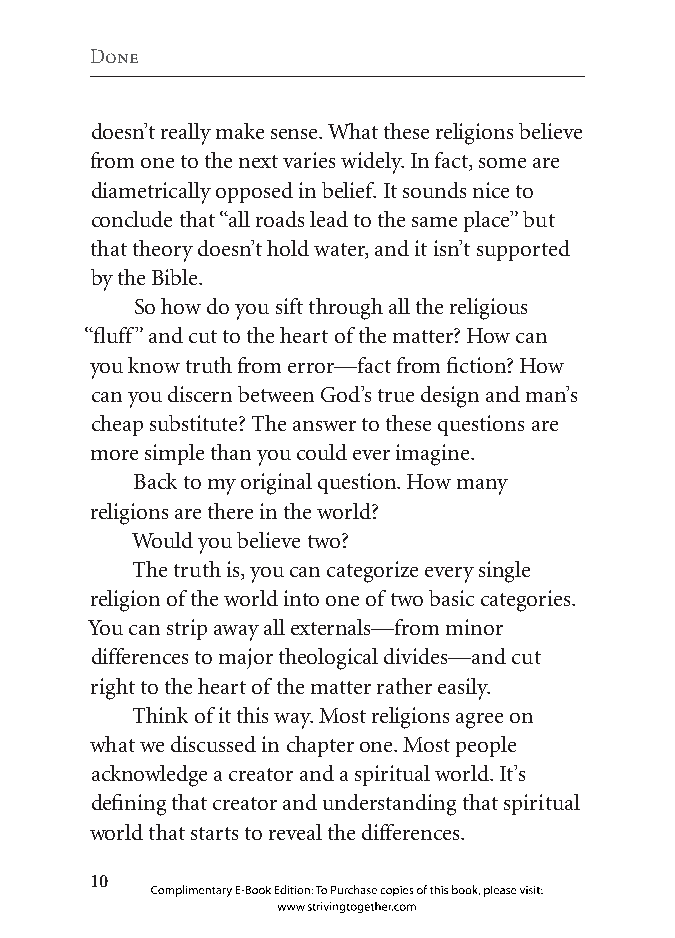
Done
 doesn’t really make sense. What these religions believe
 from one to the next varies widely. In fact, some are
 diametrically opposed in belief. It sounds nice to
 conclude that “all roads lead to the same place” but
 that theory doesn’t hold water, and it isn’t supported
 by the Bible.
 So how do you sift through all the religious
 “fluff” and cut to the heart of the matter? How can
 you know truth from error—fact from fiction? How
 can you discern between God’s true design and man’s
 cheap substitute? The answer to these questions are
 more simple than you could ever imagine.
 Back to my original question. How many
 religions are there in the world?
 Would you believe two?
 The truth is, you can categorize every single
 religion of the world into one of two basic categories.
 You can strip away all externals—from minor
 differences to major theological divides—and cut
 right to the heart of the matter rather easily.
 Think of it this way. Most religions agree on
 what we discussed in chapter one. Most people
 acknowledge a creator and a spiritual world. It’s
 defining that creator and understanding that spiritual
 world that starts to reveal the differences.
 0
 Complimentary E-Book Edition: To Purchase copies of this book, please visit:
 www.strivingtogether.com